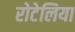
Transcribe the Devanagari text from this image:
रोटेलिया